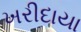
ખરીદાયા